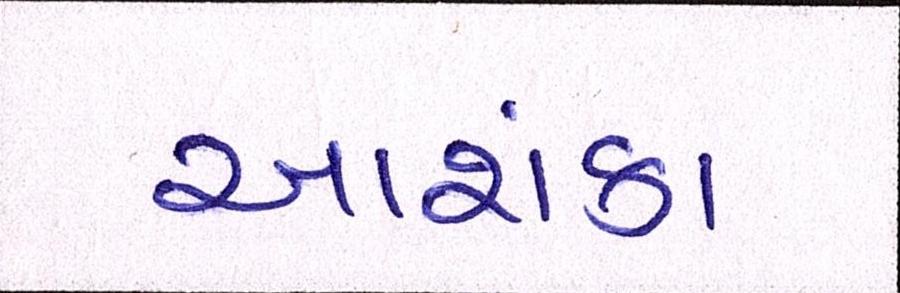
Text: આશંકા